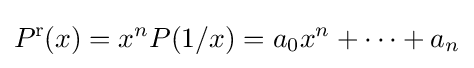
P^{\mathrm {r} }\!\!\;(x)=x^{n}P(1/x)=a_{0}x^{n}+\cdots +a_{n}